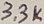
Text: 3.3K